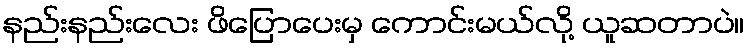
နည်းနည်းလေး ဖိပြောပေးမှ ကောင်းမယ်လို့ ယူဆတာပဲ။